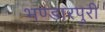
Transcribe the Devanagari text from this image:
भण्डारपुरी